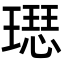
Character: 𤩙